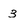
Character: 3